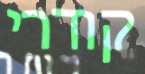
קודרי